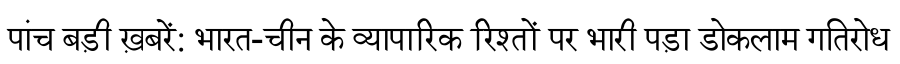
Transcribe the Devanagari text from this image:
पांच बड़ी ख़बरें: भारत-चीन के व्यापारिक रिश्तों पर भारी पड़ा डोकलाम गतिरोध